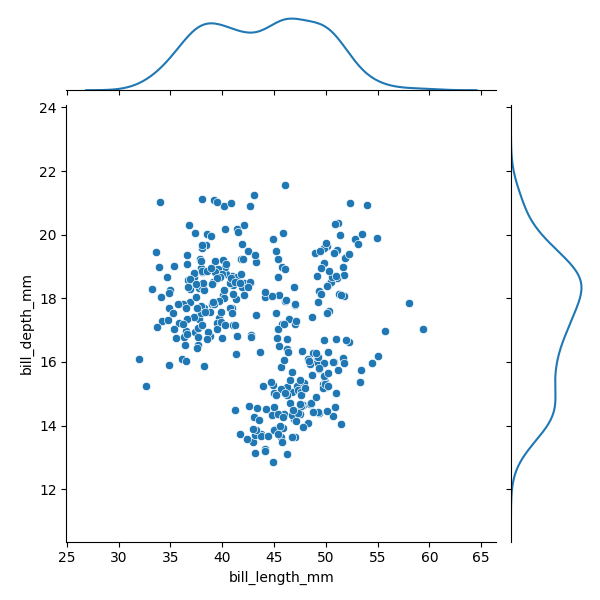
python, seaborn, JointGrid, scatterplot, kdeplot